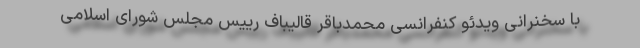
با سخنرانی ویدئو کنفرانسی محمدباقر قالیباف رییس مجلس شورای اسلامی